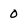
Character: 0